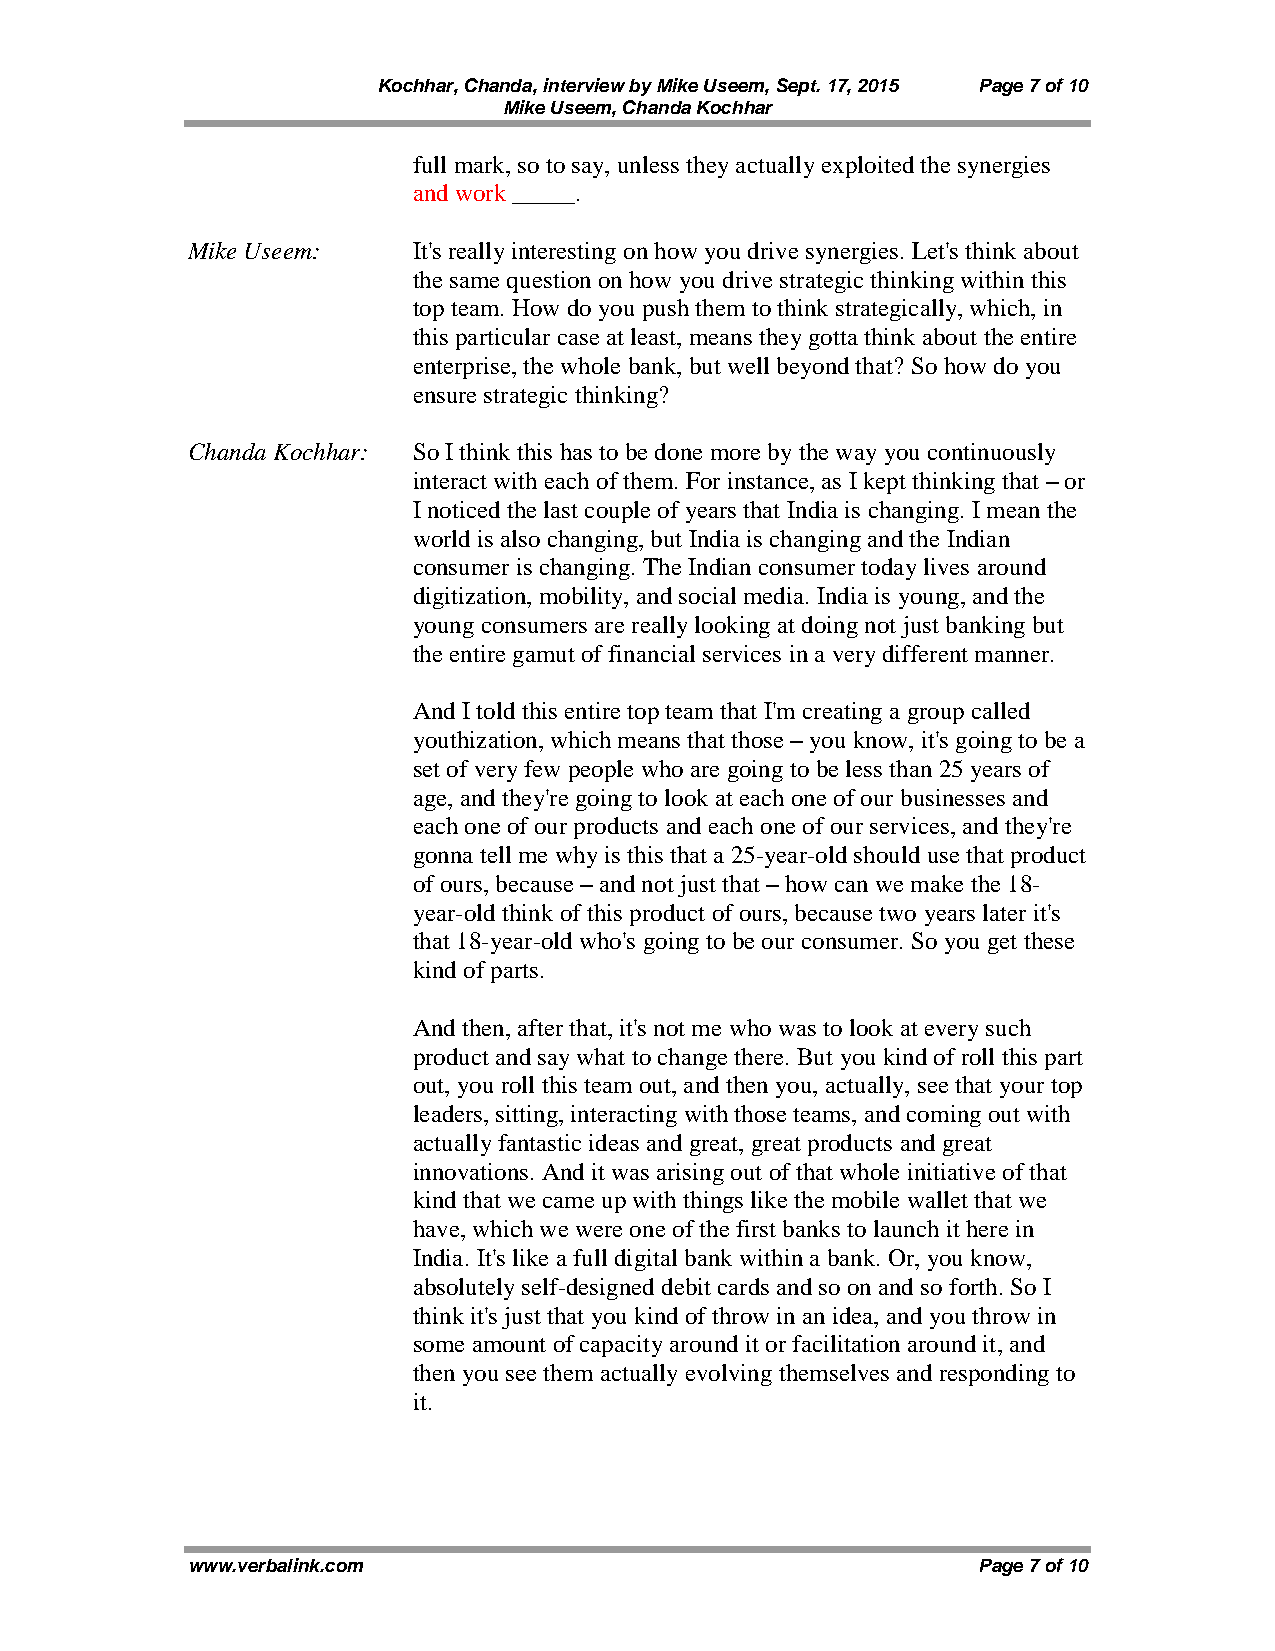
Kochhar, Chanda, interview by Mike Useem, Sept. 17, 2015 Page 7 of 10
 Mike Useem, Chanda Kochhar
 full mark, so to say, unless they actually exploited the synergies
 and work _____.
 Mike Useem:    It's really interesting on how you drive synergies. Let's think about
 the same question on how you drive strategic thinking within this
 top team. How do you push them to think strategically, which, in
 this particular case at least, means they gotta think about the entire
 enterprise, the whole bank, but well beyond that? So how do you
 ensure strategic thinking?
 Chanda Kochhar: So I think this has to be done more by the way you continuously
 interact with each of them. For instance, as I kept thinking that – or
 I noticed the last couple of years that India is changing. I mean the
 world is also changing, but India is changing and the Indian
 consumer is changing. The Indian consumer today lives around
 digitization, mobility, and social media. India is young, and the
 young consumers are really looking at doing not just banking but
 the entire gamut of financial services in a very different manner.
 And I told this entire top team that I'm creating a group called
 youthization, which means that those – you know, it's going to be a
 set of very few people who are going to be less than 25 years of
 age, and they're going to look at each one of our businesses and
 each one of our products and each one of our services, and they're
 gonna tell me why is this that a 25-year-old should use that product
 of ours, because – and not just that – how can we make the 18-
 year-old think of this product of ours, because two years later it's
 that 18-year-old who's going to be our consumer. So you get these
 kind of parts.
 And then, after that, it's not me who was to look at every such
 product and say what to change there. But you kind of roll this part
 out, you roll this team out, and then you, actually, see that your top
 leaders, sitting, interacting with those teams, and coming out with
 actually fantastic ideas and great, great products and great
 innovations. And it was arising out of that whole initiative of that
 kind that we came up with things like the mobile wallet that we
 have, which we were one of the first banks to launch it here in
 India. It's like a full digital bank within a bank. Or, you know,
 absolutely self-designed debit cards and so on and so forth. So I
 think it's just that you kind of throw in an idea, and you throw in
 some amount of capacity around it or facilitation around it, and
 then you see them actually evolving themselves and responding to
 it.
 www.verbalink.com                                    Page 7 of 10